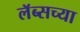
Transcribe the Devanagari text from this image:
लॅब्सच्या